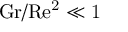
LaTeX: \mathrm { { G r / R e ^ { 2 } \ll 1 } }